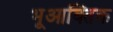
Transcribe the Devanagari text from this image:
भूआक्तिक